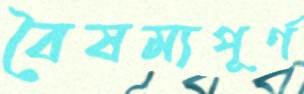
বৈষম্যপূর্ণ